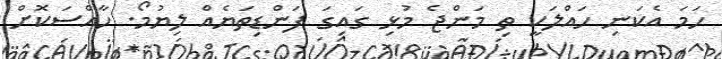
ހަމަ އެކަނި ހައްލަކީ ތި މަންޖެ މުޅި ގައިގަ ފަންޑިތަޔެއް ލިޔުމޯ. ހާއްސަކޮށް